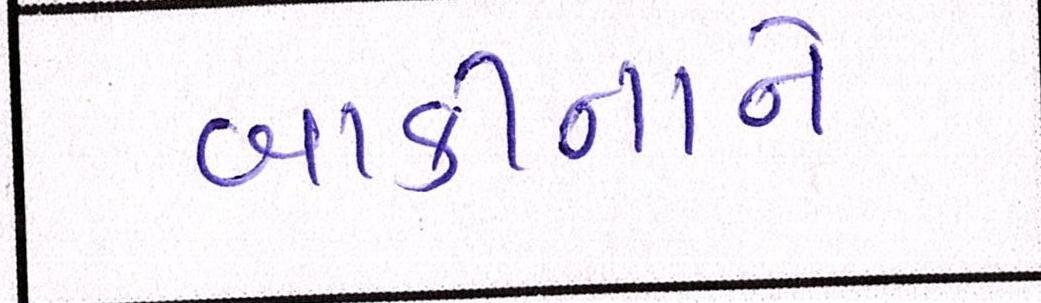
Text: બાકીનાને